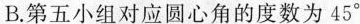
B.第五小组对应圆心角的度数为45°